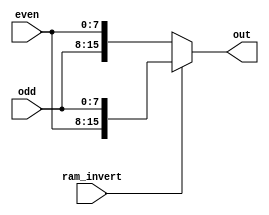
module data_invert(ram_invert, odd, even, out);

input ram_invert;
// input BHE, A0;
input[7:0] odd, even;
output [15:0] out;

// reg [7:0]odd_r, even_r;

// always @(even)
// begin
// 	even_r<=even;
// end

// always @(odd)
// begin
// 	odd_r<=odd;
// end

// assign out = ram_invert ? {even_r, odd_r} : {odd_r, even_r};

assign out = ram_invert ? {even, odd} : {odd, even};

endmodule